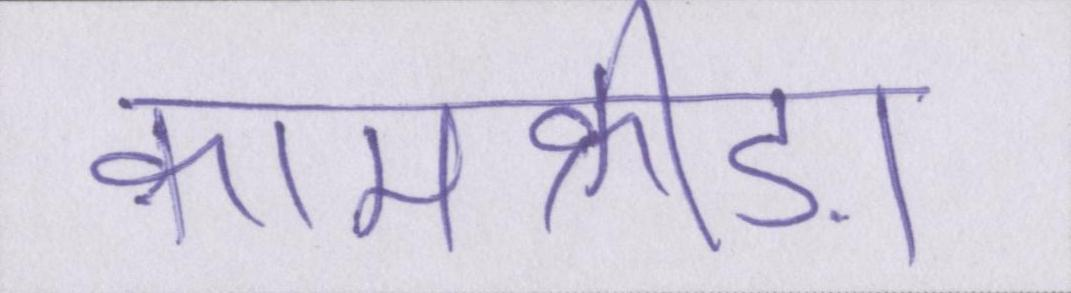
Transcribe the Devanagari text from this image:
कामक्रीड़ा